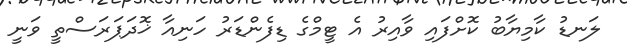
ލަނޑު ކާމިޔާބު ކޮށްފައި ވާއިރު އެ ޓީމްގެ ޑިފެންޑަރު ހަނިއާ ޚޮދަޕަރަސްތީ ވަނީ